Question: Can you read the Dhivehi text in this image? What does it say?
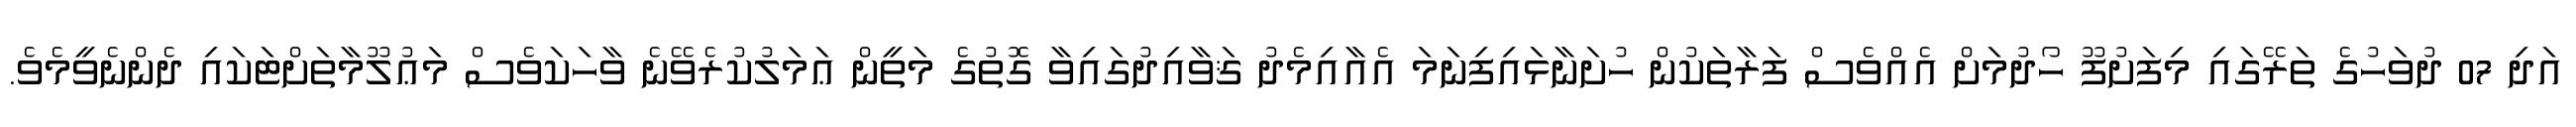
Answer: އަދި 07 ދުވަހުގެ ތަރޭގައި މިފަށުފޫ ހޯދުމަށް އެއްވެސް ފަރާތަކުން ހުށަނާޅައިފިނަމަ އެއާއިމެދު ޤަވާއިދުގައިވާ ގޮތުގެ މަތީން ޢަމަލުކުރެވޭނެ ވާހަކަވެސް މަޢުލޫމާތަށްޓަކައި ދެންނެވީމެވެ.